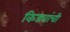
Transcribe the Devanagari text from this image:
किड्यांची